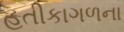
હતીકાગળના